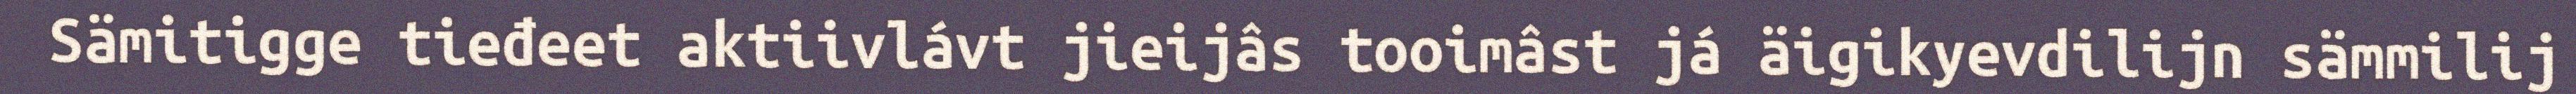
Sämitigge tieđeet aktiivlávt jieijâs tooimâst já äigikyevdilijn sämmilij